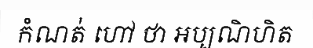
កំណត់ ហៅ ថា អប្បណិហិត